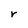
Character: r